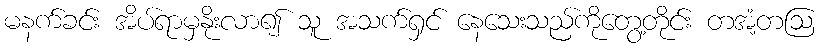
မနက်ခင်း အိပ်ရာမှနိုးလာ၍ သူ အသက်ရှင် နေသေးသည်ကိုတွေ့တိုင်း တအံ့တဩ